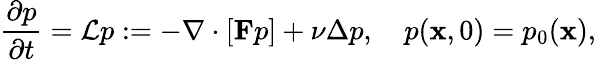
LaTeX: \frac{\partial p}{\partial t}=\mathcal Lp:=-\nabla\cdot\left[\mathbf Fp\right]+\nu\Delta p,\quad p(\mathbf x,0)=p_{0}(\mathbf x),